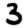
Digit: 3